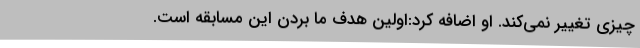
چیزی تغییر نمی‌کند. او اضافه کرد:اولین هدف ما بردن این مسابقه است.